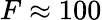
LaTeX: F\approx 100